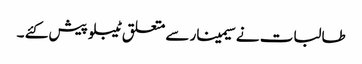
طالبات نے سیمینار سے متعلق ٹیبلو پیش کئے ۔